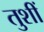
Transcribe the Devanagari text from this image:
तुशीं